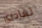
تغادرى